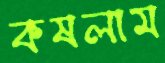
কষলাম